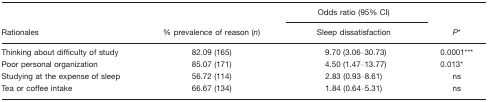
|  |  | Odds ratio (95% CI) |  |
 | Rationales | % prevalence of reason (n) | Sleep dissatisfaction | P* |
 | --- | --- | --- | --- |
 | Thinking about difficulty of study | 82.09 (165) | 9.70 (3.06–30.73) | 0.0001*** |
 | Poor personal organization | 85.07 (171) | 4.50 (1.47–13.77) | 0.013* |
 | Studying at the expense of sleep | 56.72 (114) | 2.83 (0.93–8.61) | ns |
 | Tea or coffee intake | 66.67 (134) | 1.84 (0.64–5.31) | ns |